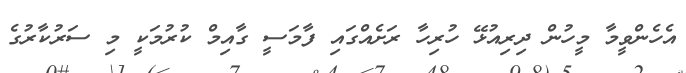
އެހެންވީމާ މީހުން ދިރިއުޅޭ ހުރިހާ ރަށެއްގައި ފާމަސީ ގާއިމް ކުރުމަކީ މި ސަރުކާރުގެ